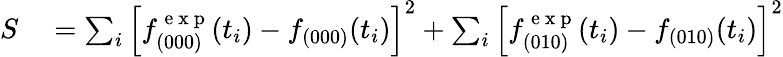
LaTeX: \begin{array}{rl}{S}&{{}=\sum_{i}\left[f_{(000)}^{\mathrm{~e~x~p~}}(t_{i})-f_{(000)}(t_{i})\right]^{2}+\sum_{i}\left[f_{(010)}^{\mathrm{~e~x~p~}}(t_{i})-f_{(010)}(t_{i})\right]^{2}}\end{array}